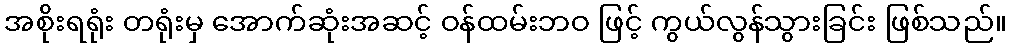
အစိုးရရုံး တရုံးမှ အောက်ဆုံးအဆင့် ဝန်ထမ်းဘဝ ဖြင့် ကွယ်လွန်သွားခြင်း ဖြစ်သည်။